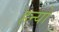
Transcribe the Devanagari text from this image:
हन्‍यो